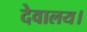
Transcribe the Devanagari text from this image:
देवालय।